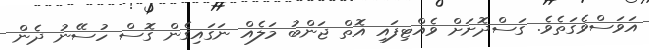
އަވަސްވެގަތެވެ. ގަސްދޮށަށް ވެއްޓިފައި އޮތް ޖަންބު މަލެއް ނަގައިގެން ގޮސް ހުސޭނު ދެން